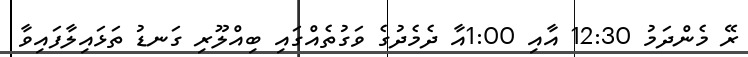
ރޭ މެންދަމު 12:30 އާއި 1:00އާ ދެމެދުގެ ވަގުތެއްގައި ބިއްލޫރި ގަނޑު ތަޅައިލާފައިވާ